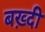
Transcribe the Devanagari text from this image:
बख़्दी